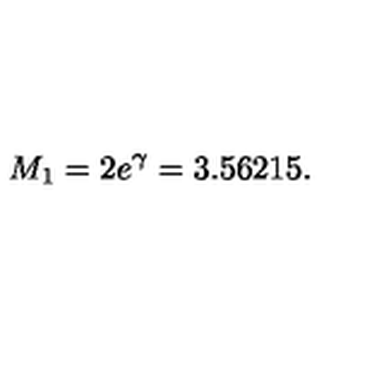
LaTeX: M _ { 1 } = 2 e ^ { \gamma } = 3 . 5 6 2 1 5 .